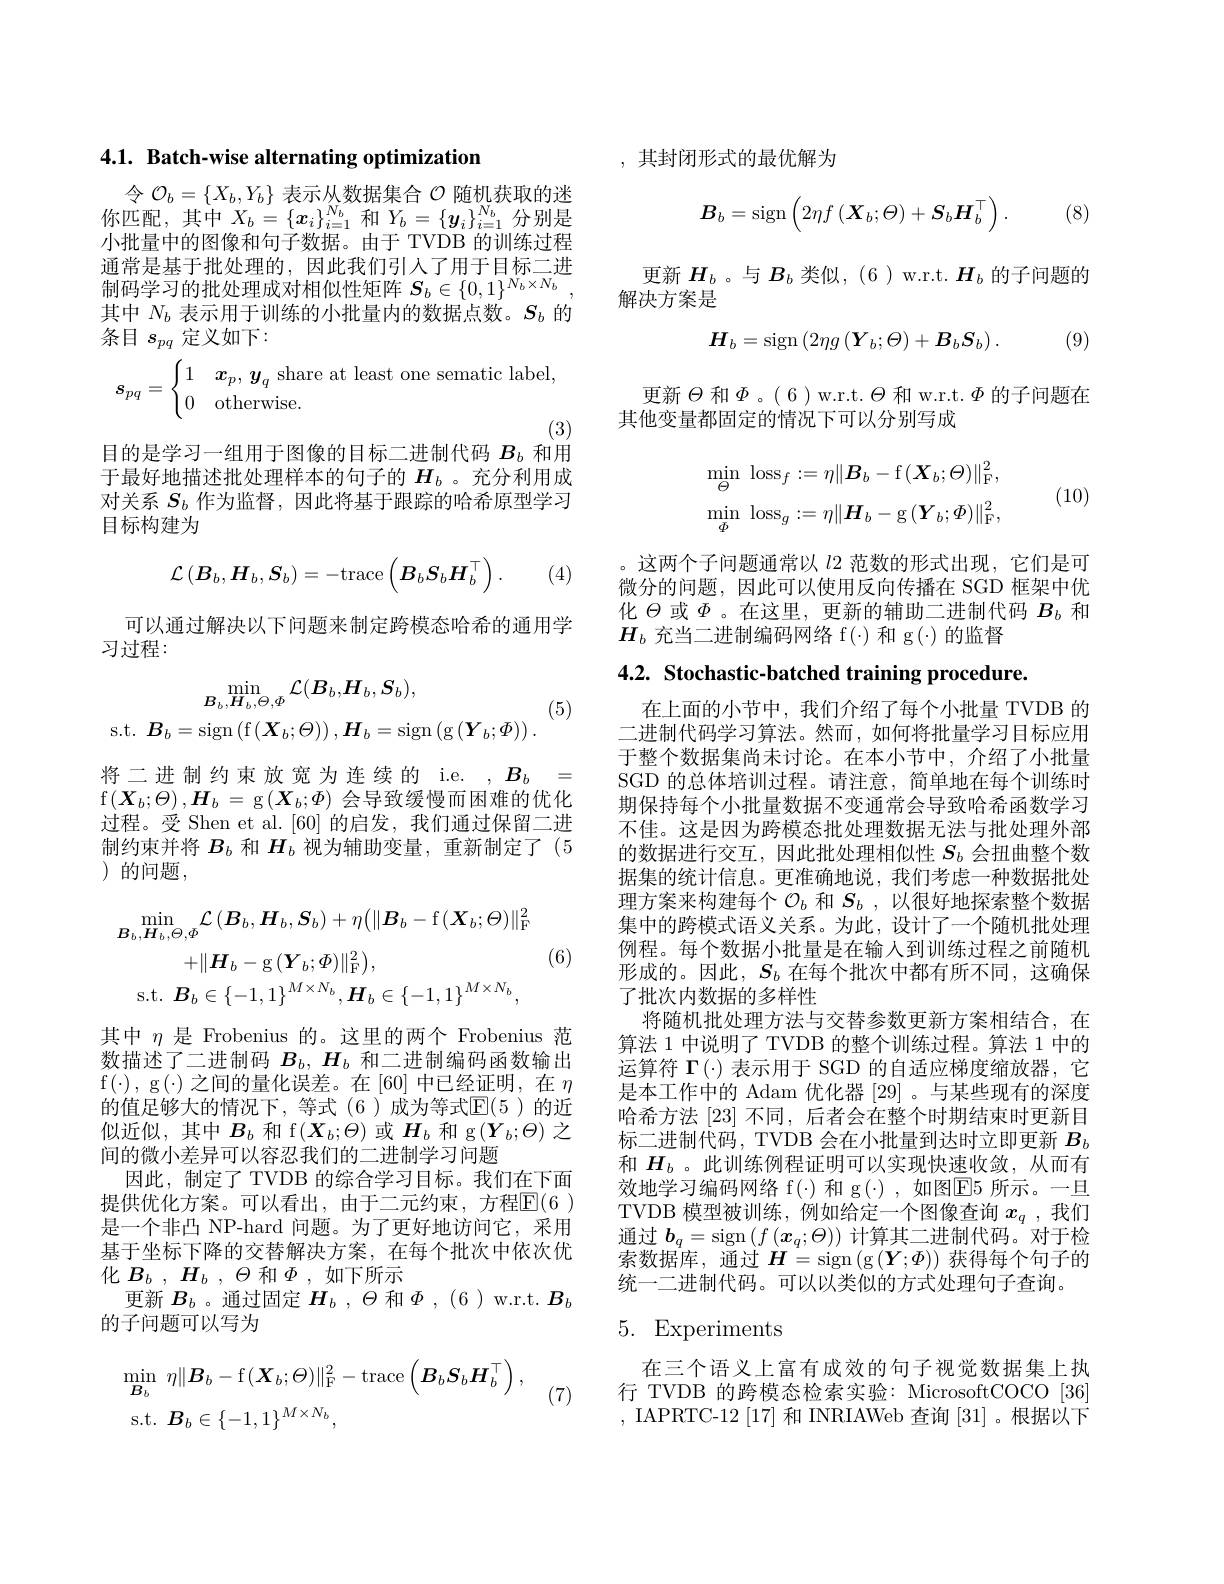
4.1. Batch-wise alternating optimization

令$\mathcal{O}_b=\{X_b,Y_b\}$表示从数据集合$\mathcal{O}$随机获取的迷你匹配，其中$X_b=\{x_i\}_{i=1}^{N_b}$和$Y_b=\{\boldsymbol{y}_i\}_{i=1}^{N_b}$分别是小批量中的图像和句子数据。由于 TVDB 的训练过程通常是基于批处理的，因此我们引人了用于目标二进其中$N_b$表示用于训练的小批量内的数据点数。$S_b$的条目$s_{pq}$定义如下：
$$s_{pq}=\begin{cases}1&\boldsymbol{x}_p,\:\boldsymbol{y}_q\text{share at least one sematic label},\\0&\text{otherwise.}\end{cases}$$
(3)
目的是学习一组用于图像的目标二进制代码$B_{b}$和用

于最好地描述批处理样本的句子的$H_b$ 。充分利用成对关系$S_b$作为监督，因此将基于跟踪的哈希原型学习目标构建为
$$\mathcal{L}\left(\boldsymbol{B}_{b},\boldsymbol{H}_{b},\boldsymbol{S}_{b}\right)=-\mathrm{trace}\left(\boldsymbol{B}_{b}\boldsymbol{S}_{b}\boldsymbol{H}_{b}^{\top}\right).$$
(4)

可以通过解决以下问题来制定跨模态哈希的通用学
习过程：
$$\min_{\boldsymbol{B}_{b},\boldsymbol{H}_{b},\Theta,\Phi}\mathcal{L}(\boldsymbol{B}_{b},\boldsymbol{H}_{b},\boldsymbol{S}_{b}),\\\mathrm{s.t.}\:\boldsymbol{B}_{b}=\mathrm{sign}\left(\mathrm{f}\left(\boldsymbol{X}_{b};\Theta\right)\right),\boldsymbol{H}_{b}=\mathrm{sign}\left(\mathrm{g}\left(\boldsymbol{Y}_{b};\Phi\right)\right).$$
(5)

将二进制约束放宽为连续的 i.e. $,B_b=$ f$\left(\boldsymbol{X}_b;\theta\right),\boldsymbol{H}_b=$g$\left(\boldsymbol{X}_b;\Phi\right)$会导致缓慢而困难的优化过程。受 Shen et al.[60] 的启发，我们通过保留二进制约束并将$B_b$和$H_b$视为辅助变量，重新制定了(5 )的问题，
$$\begin{aligned}&\operatorname*{min}_{\boldsymbol{B}_{b},\boldsymbol{H}_{b},\Theta,\Phi}\mathcal{L}\left(\boldsymbol{B}_{b},\boldsymbol{H}_{b},\boldsymbol{S}_{b}\right)+\eta\big(\|\boldsymbol{B}_{b}-\mathrm{f}\left(\boldsymbol{X}_{b};\Theta\right)\|_{\mathrm{F}}^{2}\\&+\|\boldsymbol{H}_{b}-\mathrm{g}\left(\boldsymbol{Y}_{b};\Phi\right)\|_{\mathrm{F}}^{2}\big),\\&\mathrm{s.t.}\:\boldsymbol{B}_{b}\in\{-1,1\}^{M\times N_{b}},\boldsymbol{H}_{b}\in\{-1,1\}^{M\times N_{b}},\end{aligned}$$
(6)

其中$\eta$是 Frobenius 的。这里的两个 Frobenius 范数描述了二进制码$B_b,\boldsymbol{H}_b$和二进制编码函数输出f$(\cdot)$, g$(\cdot)$之间的量化误差。在[60]中已经证明，在$\eta$ 的值足够大的情况下，等式(6)成为等式$\mathbb{E}(5)$ 的近似近似，其中$B_b$和 f$(\boldsymbol X_b;\theta)$或$\boldsymbol H_b$和 g$(\boldsymbol Y_b;\theta)$之间的微小差异可以容忍我们的二进制学习问题
因此，制定了 TVDB 的综合学习目标。我们在下面提供优化方案。可以看出，由于二元约束，方程$\mathbb{E}(6)$ 是一个非凸 NP-hard 问题。为了更好地访问它，采用基于坐标下降的交替解决方案，在每个批次中依次优化$B_b$ , $H_b$ , $\Theta$和$\Phi$ ,如下所示
更新$B_b$ 。通过固定$H_b,\Theta$和$\Phi,(6)$ w.r.t. $B_b$
的子问题可以写为
$$\begin{aligned}&\min_{\boldsymbol{B}_{b}}\:\eta\|\boldsymbol{B}_{b}-\mathrm{f}(\boldsymbol{X}_{b};\Theta)\|_{\mathrm{F}}^{2}-\mathrm{trace}\left(\boldsymbol{B}_{b}\boldsymbol{S}_{b}\boldsymbol{H}_{b}^{\top}\right),\\&\mathrm{s.t.}\:\boldsymbol{B}_{b}\in\{-1,1\}^{M\times N_{b}},\end{aligned}$$
(7)

,其封闭形式的最优解为
$$\boldsymbol{B}_{b}=\mathrm{sign}\left(2\eta f\left(\boldsymbol{X}_{b};\Theta\right)+\boldsymbol{S}_{b}\boldsymbol{H}_{b}^{\top}\right).$$
(8)

更新$H_b$ 。与$B_b$类似，(6 ) w.r.t. $H_b$的子问题的
解决方案是
$$\boldsymbol{H}_{b}=\mathrm{sign}\left(2\eta g\left(\boldsymbol{Y}_{b};\Theta\right)+\boldsymbol{B}_{b}\boldsymbol{S}_{b}\right).$$
(9)

更新$\Theta$和$\Phi$。(6)w.r.t.$\Theta$和w.r.t.$\Phi$的子问题在
其他变量都固定的情况下可以分别写成
$$\operatorname*{min}_{\Theta}\:\operatorname{loss}_{f}:=\eta\|B_{b}-\operatorname{f}(\boldsymbol{X}_{b};\Theta)\|_{\mathrm{F}}^{2},\\\operatorname*{min}_{\Phi}\:\operatorname{loss}_{g}:=\eta\|\boldsymbol{H}_{b}-\operatorname{g}(\boldsymbol{Y}_{b};\Phi)\|_{\mathrm{F}}^{2},$$
(10)

。这两个子问题通常以$l2$范数的形式出现，它们是可微分的问题，因此可以使用反向传播在 SGD 框架中优化$\Theta$或$\Phi$。在这里，更新的辅助二进制代码 $B_b$ 和$\boldsymbol{H}_b$充当二进制编码网络 f(·)和 g(·)的监督

4.2. Stochastic-batched training procedure.
在上面的小节中，我们介绍了每个小批量 TVDB 的二进制代码学习算法。然而，如何将批量学习目标应用于整个数据集尚未讨论。在本小节中，介绍了小批量SGD 的总体培训过程。请注意，简单地在每个训练时期保持每个小批量数据不变通常会导致哈希函数学习不佳。这是因为跨模态批处理数据无法与批处理外部的数据进行交互，因此批处理相似性$S_b$会扭曲整个数据集的统计信息。更准确地说，我们考虑一种数据批处理方案来构建每个$\mathcal{O}_b$和$S_b$,以很好地探索整个数据集中的跨模式语义关系。为此，设计了一个随机批处理例程。每个数据小批量是在输人到训练过程之前随机形成的。因此，$S_b$在每个批次中都有所不同，这确保了批次内数据的多样性
将随机批处理方法与交替参数更新方案相结合，在算法 1 中说明了 TVDB 的整个训练过程。算法 1 中的运算符$\Gamma(\cdot)$表示用于 SGD 的自适应梯度缩放器，它是本工作中的 Adam 优化器 [29] 。与某些现有的深度哈希方法[23]不同，后者会在整个时期结束时更新目标二进制代码，TVDB 会在小批量到达时立即更新$B_b$ 和$H_b$ 。此训练例程证明可以实现快速收敛，从而有效地学习编码网络 f(·)和 g(·),如图E5 所示。一旦TVDB 模型被训练，例如给定一个图像查询$x_q$ ,我们通过$b_q=\operatorname{sign}\left(f\left(\boldsymbol{x}_q;\Theta\right)\right)$计算其二进制代码。对于检索数据库，通过$H=\operatorname{sign}\left(\operatorname{g}\left(\boldsymbol{Y};\Phi\right)\right)$获得每个句子的统一二进制代码。可以以类似的方式处理句子查询。

# 5. Experiments

在三个语义上富有成效的句子视觉数据集上执行 TVDB 的跨模态检索实验：MicrosoftCOCO [36] , IAPRTC-12 [17] 和 INRIAWeb 查询 [31]。根据以下